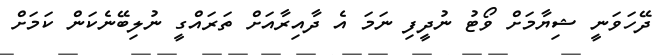
ދޭހަވަނީ ޝިޔާމަށް ވޯޓު ނުދީފި ނަމަ އެ ދާއިރާއަށް ތަރައްގީ ނުލިބޭނެކަން ކަމަށް